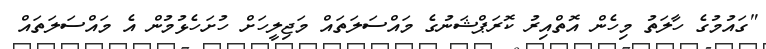
"ގައުމުގެ ހާލަތު މިހެން އޮތްއިރު ކޮރަޕްޝަނުގެ މައްސަލަތައް މަޖިލީހަށް ހުށަހެޅުމުން އެ މައްސަލަތައް